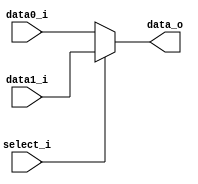
//Subject:     Architecture project 2 - MUX 2to1
//--------------------------------------------------------------------------------
//Version:     1
//--------------------------------------------------------------------------------
//Writer:      Zhang Linghao
//----------------------------------------------
//----------------------------------------------
//Description: 
//--------------------------------------------------------------------------------
     
module MUX_2to1(
               data0_i,
               data1_i,
               select_i,
               data_o
               );

parameter size = 0;			   
			
//I/O ports               
input   [size-1:0] data0_i;          
input   [size-1:0] data1_i;
input              select_i;
output  [size-1:0] data_o; 

//Internal Signals
reg     [size-1:0] data_o;

//Main function
always @(data0_i or data1_i or select_i) begin
    if (select_i == 1'b0) begin
        data_o = data0_i;
    end
    else begin
        data_o = data1_i;
    end
end

endmodule